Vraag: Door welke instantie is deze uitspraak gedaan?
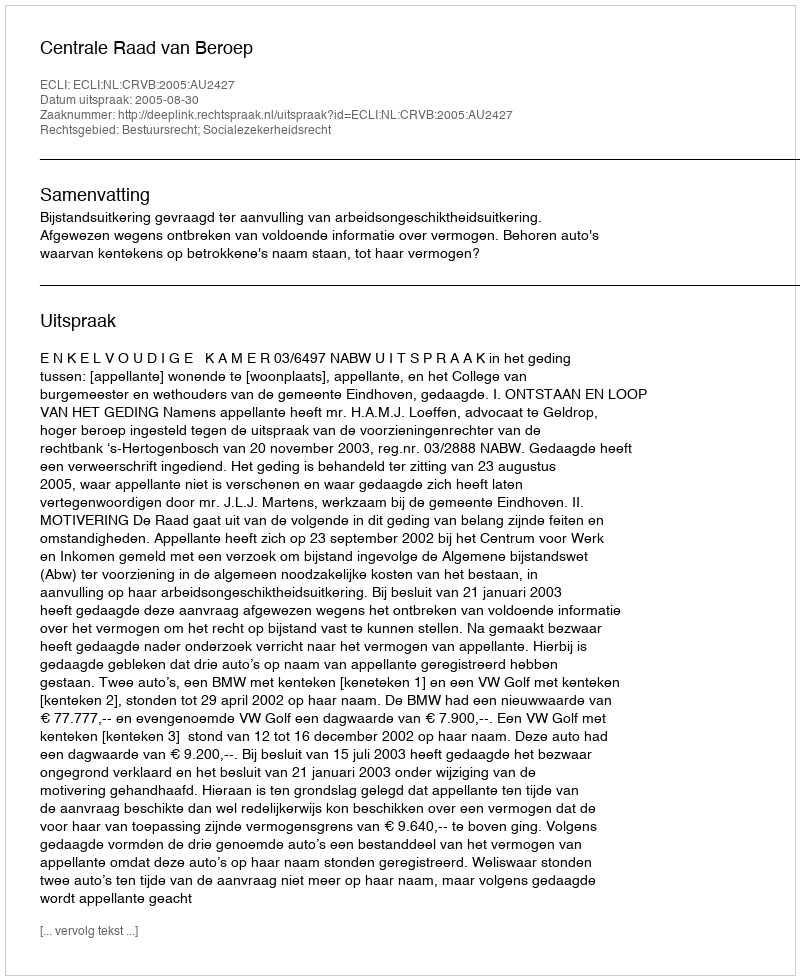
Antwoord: Centrale Raad van Beroep